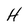
Character: H